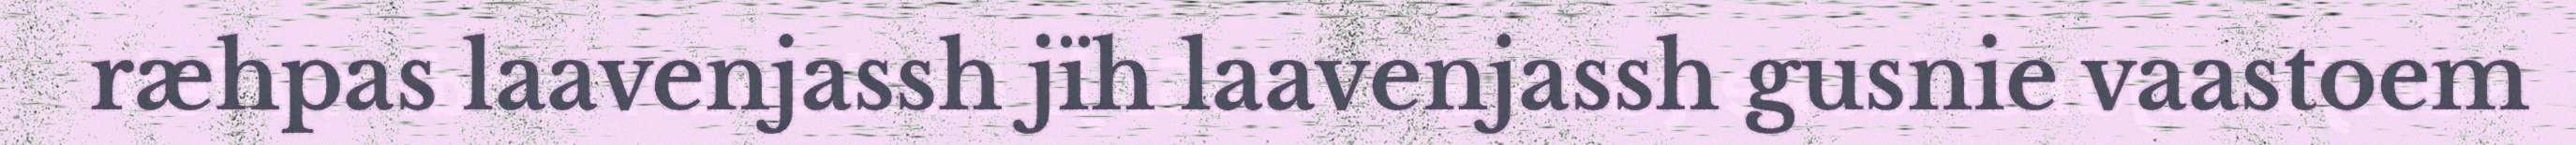
ræhpas laavenjassh jïh laavenjassh gusnie vaastoem